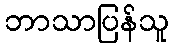
ဘာသာပြန်သူ